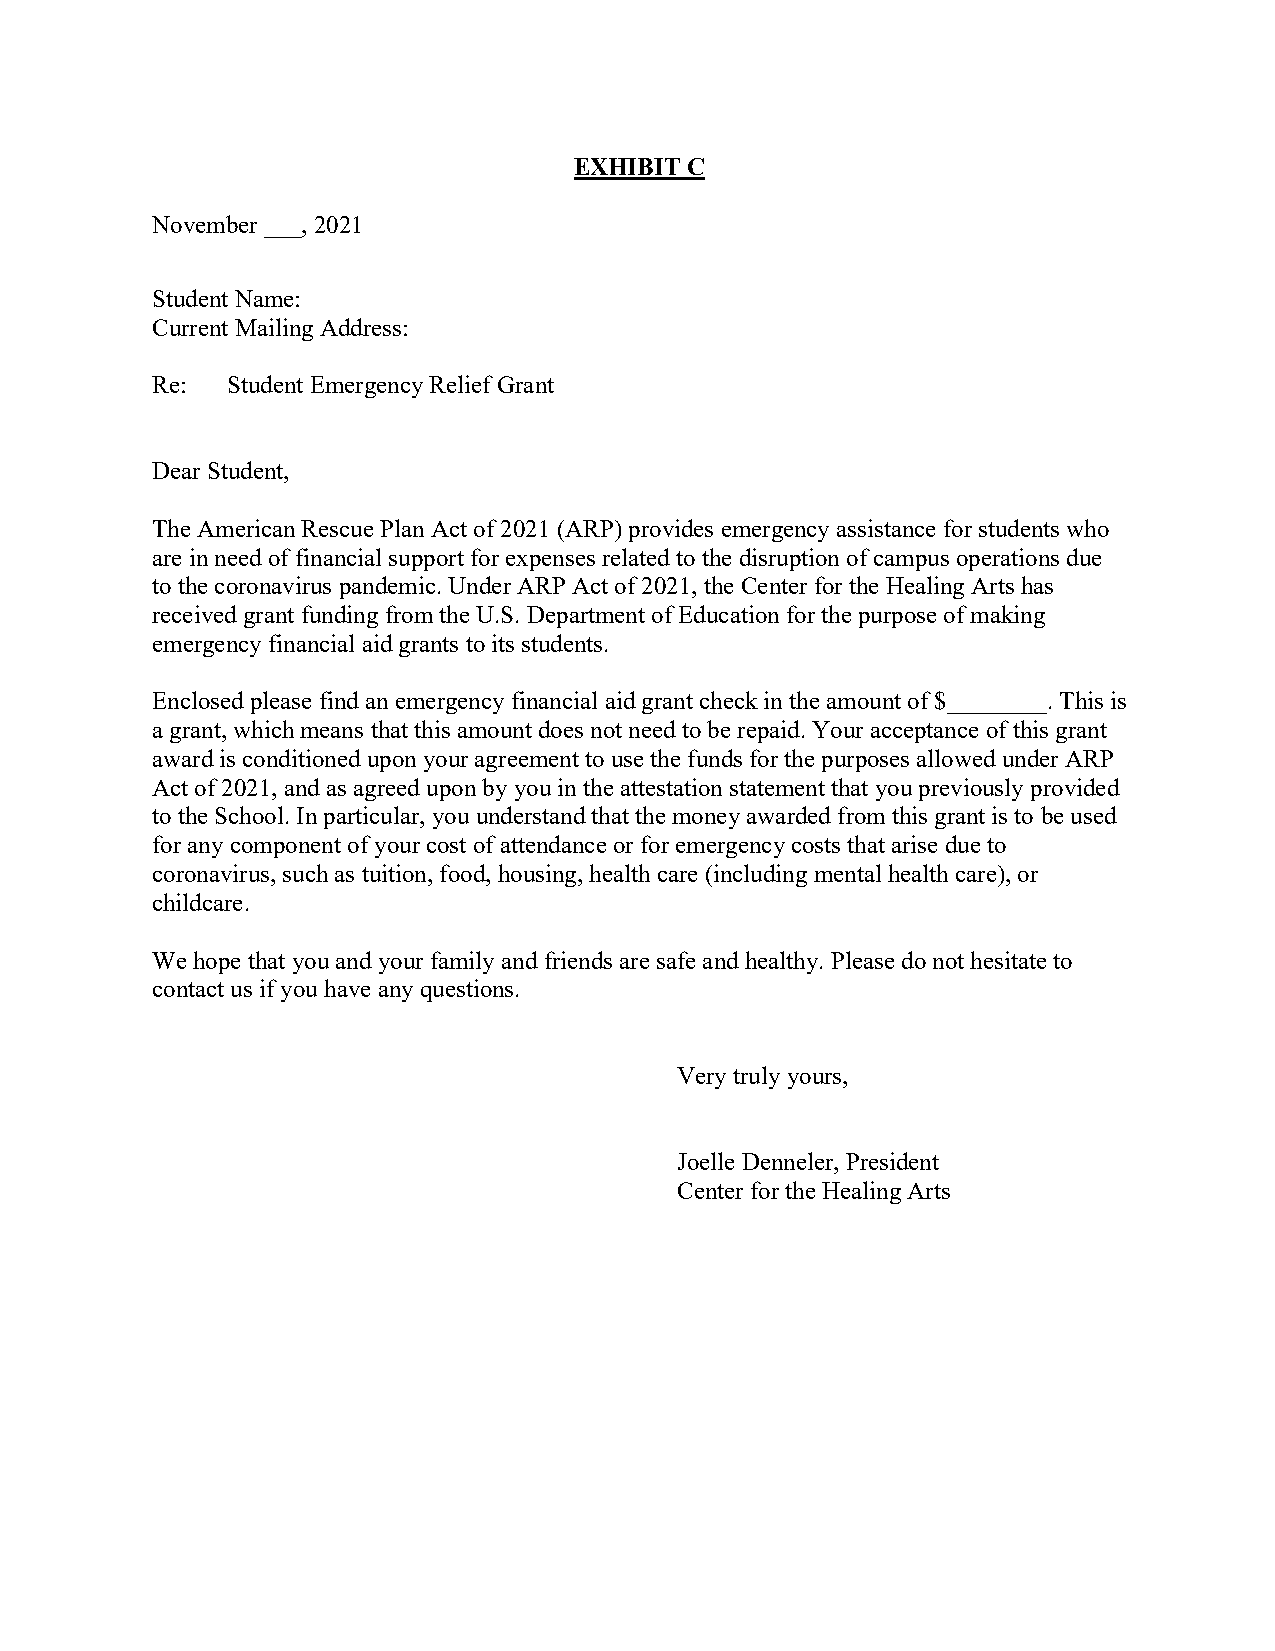
EXHIBIT C
 November ___, 2021
 Student Name:
 Current Mailing Address:
 Re:  Student Emergency Relief Grant
 Dear Student,
 The American Rescue Plan Act of 2021 (ARP) provides emergency assistance for students who
 are in need of financial support for expenses related to the disruption of campus operations due
 to the coronavirus pandemic. Under ARP Act of 2021, the Center for the Healing Arts has
 received grant funding from the U.S. Department of Education for the purpose of making
 emergency financial aid grants to its students.
 Enclosed please find an emergency financial aid grant check in the amount of $________. This is
 a grant, which means that this amount does not need to be repaid. Your acceptance of this grant
 award is conditioned upon your agreement to use the funds for the purposes allowed under ARP
 Act of 2021, and as agreed upon by you in the attestation statement that you previously provided
 to the School. In particular, you understand that the money awarded from this grant is to be used
 for any component of your cost of attendance or for emergency costs that arise due to
 coronavirus, such as tuition, food, housing, health care (including mental health care), or
 childcare.
 We hope that you and your family and friends are safe and healthy. Please do not hesitate to
 contact us if you have any questions.
 Very truly yours,
 Joelle Denneler, President
 Center for the Healing Arts